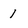
Character: 1